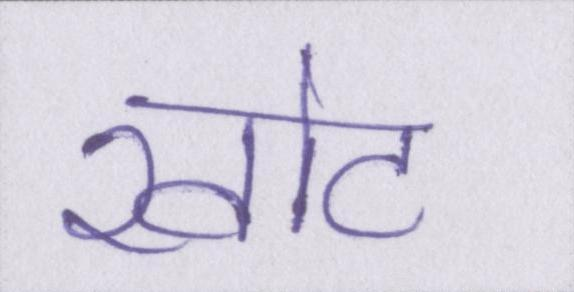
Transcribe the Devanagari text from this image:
खोट